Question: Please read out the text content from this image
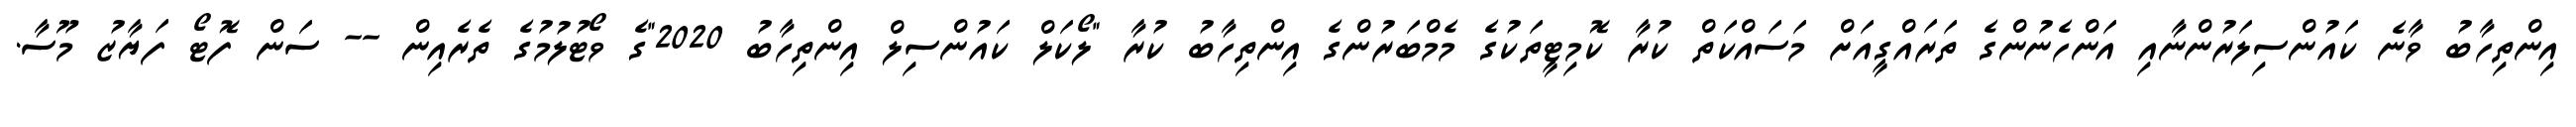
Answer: އިންތިހާބު ވާނެ ކައުންސިލަރުންނާއި އަންހެނުންގެ ތަރައްގީއަށް މަސައްކަތް ކުރާ ކޮމިޓީތަކުގެ މެމްބަރުންގެ އިންތިހާބު ކުރާ "ލޯކަލް ކައުންސިލް އިންތިހާބު 2020"ގެ ވޯޓުލުމުގެ ތެރެއިން -- ސަން ފޮޓޯ ފަޔާޒު މޫސާ.